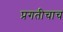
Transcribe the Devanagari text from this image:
प्रगतीचाच